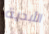
الأبدية